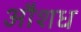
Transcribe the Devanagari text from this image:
औशध